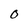
Character: O